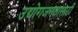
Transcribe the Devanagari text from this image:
उद्योगजगतासाठी